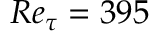
R e _ { \tau } = 3 9 5